Annual report on the Civil Veterinary Department, Burma (including the Insein Veterinary School) - 1932-1941
Year: 1932
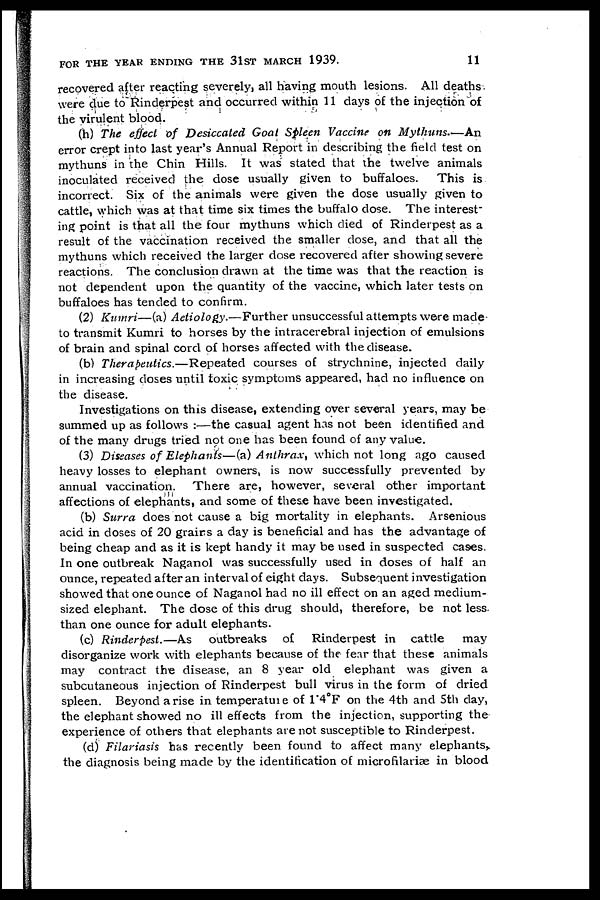
FOR THE YEAR ENDING THE 31ST MARCH 1939.
11
recovered after reacting severely, all having mouth lesions. All deaths
were due to Rinderpest and occurred within 11 days of the injection of
the virulent blood.
(h) The effect of Desiccated Goat Spleen Vaccine on Mythuns.—An
error crept into last year's Annual Report in describing the field test on
mythuns in the Chin Hills. It was stated that the twelve animals
inoculated received the dose usually given to buffaloes.
This is
incorrect. Six of the animals were given the dose usually given to
cattle, which was at that time six times the buffalo dose. The interest"
tug point is that all the four mythuns which died of Rinderpest as a
result of the vaccination received the smaller dose, and that all the
mythuns which received the larger dose recovered after showing severe
reactions. The conclusion drawn at the time was that the reaction is
not dependent upon the quantity of the vaccine, which later tests on
buffaloes has tended to confirm.
(2) Kumri—(a) Aetiology.—Further unsuccessful attempts were made
to transmit Kumri to horses by the intracerebral injection of emulsions
of brain and spinal cord of horses affected with the disease.
(b) Therapeutics.—Repeated courses of strychnine, injected daily
in increasing doses until toxic symptoms appeared, had no influence on
the disease.
Investigations on this disease, extending over several years, may be
summed up as follows :—the casual agent has not been identified and
of the many drugs tried not one has been found of any value.
(3) Diseases of Elephants—(a) Anthrax, which not long ago caused
heavy losses to elephant owners, is now successfully prevented by
annual vaccination. There are, however, several other important
affections of elephants, and some of these have been investigated.
(b) Surra does not cause a big mortality in elephants. Arsenious
acid in doses of 20 grains a day is beneficial and has the advantage of
being cheap and as it is kept handy it may be used in suspected cases.
In one outbreak Naganol was successfully used in doses of half an
ounce, repeated after an interval of eight days. Subsequent investigation
showed that one ounce of Naganol had no ill effect on an aged medium-
sized elephant. The dose of this drug should, therefore, be not less
than one ounce for adult elephants.
(c) Rinderpest.—As outbreaks of Rinderpest in cattle
may
disorganize work with elephants because of the fear that these animals
may contract the disease, an 8 year old elephant was given a
subcutaneous injection of Rinderpest bull virus in the form of dried
spleen. Beyond arise in temperature of 1.4°F on the 4th and 5th day,
the elephant showed no ill effects from the injection, supporting the
experience of others that elephants are not susceptible to Rinderpest.
(d) Filariasis has recently been found to affect many elephants,
the diagnosis being made by the identification of microfilariae in blood